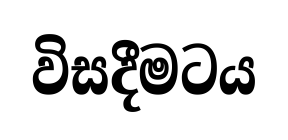
විසදීමටය